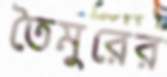
তৈমুরের